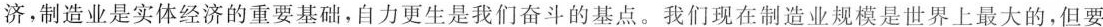
济，制造业是实体经济的重要基础，自力更生是我们奋斗的基点。我们现在制造业规模是世界上最大的，但要